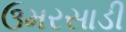
ઉમરસાડી